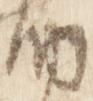
納